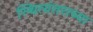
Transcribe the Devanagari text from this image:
स्थित्यंतराच्या